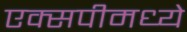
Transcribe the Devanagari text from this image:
एक्सपीमध्ये